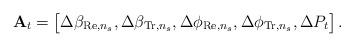
LaTeX: \begin{align*} \mathbf{A}_t = \begin{bmatrix} \Delta \beta_{\mathrm{Re},n_s}, \Delta \beta_{\mathrm{Tr},n_s}, \Delta \phi_{\mathrm{Re},n_s}, \Delta \phi_{\mathrm{Tr},n_s}, \Delta P_t \end{bmatrix}.\end{align*}